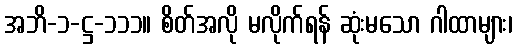
အဘိ-၁-ဋ္ဌ-၁၁၁။ စိတ်အလို မလိုက်ရန် ဆုံးမသော ဂါထာများ၊